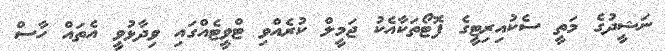
ނަޝީދުގެ މަތީ ސެކުއިރިޓީގެ ފޮޓޯތަކާއެކު ޖަމީލް ކުރެއްވި ޓްވީޓެއްގައި ވިދާޅުވީ އެތައް ހާސް